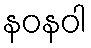
နဝနဝါ